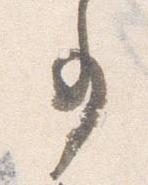
事